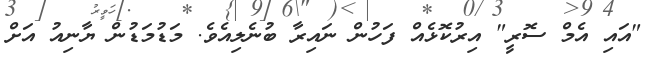
"އައި އެމް ސޮރީ" އިރުކޮޅެއް ފަހުން ނައިރާ ބުނެލިއެވެ. މަޑުމަޑުން ޔާނިއު އަށް